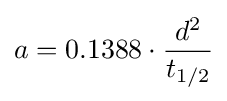
a=0.1388\cdot {\frac {d^{2}}{t_{1/2}}}